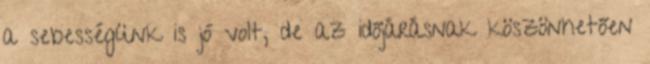
a sebességünk is jó volt, de az időjárásnak köszönhetően